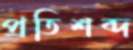
প্রতিশব্দ